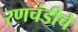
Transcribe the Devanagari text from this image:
रणचंडीचे